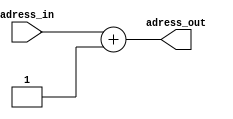
module somadorPC(adress_in, adress_out);

// inputs
input[7:0] adress_in;	// numero da instrucao

// outputs
output reg[7:0] adress_out;	// proxima instrucao

// incrementa PC
always @(adress_in)
	begin
		adress_out <= adress_in + 1;
	end

endmodule